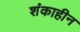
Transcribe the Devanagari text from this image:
शंकाहीन